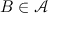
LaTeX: B \in { \mathcal { A } }